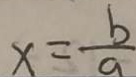
x = \frac { b } { a }